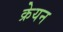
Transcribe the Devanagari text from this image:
क्रेयन